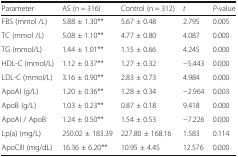
| Parameter | AS (n = 316) | Control (n = 312) | t | P-value |
 | --- | --- | --- | --- | --- |
 | FBS (mmol /L) | 5.88 ± 1.30** | 5.67 ± 0.48 | 2.795 | 0.005 |
 | TC (mmol /L) | 5.08 ± 1.10** | 4.77 ± 0.80 | 4.087 | 0.000 |
 | TG (mmol/L) | 1.44 ± 1.01** | 1.15 ± 0.66 | 4.245 | 0.000 |
 | HDL-C (mmol/L) | 1.12 ± 0.37** | 1.27 ± 0.32 | −5.443 | 0.000 |
 | LDL-C (mmol/L) | 3.16 ± 0.90** | 2.83 ± 0.73 | 4.984 | 0.000 |
 | ApoAI (g/L) | 1.20 ± 0.36** | 1.28 ± 0.34 | −2.964 | 0.003 |
 | ApoB (g/L) | 1.03 ± 0.23** | 0.87 ± 0.18 | 9.418 | 0.000 |
 | ApoAI / ApoB | 1.24 ± 0.50** | 1.54 ± 0.53 | −7.226 | 0.000 |
 | Lp(a) (mg/L) | 250.02 ± 183.39 | 227.80 ± 168.16 | 1.583 | 0.114 |
 | ApoCIII (mg/dL) | 16.36 ± 6.20** | 10.95 ± 4.45 | 12.576 | 0.000 |